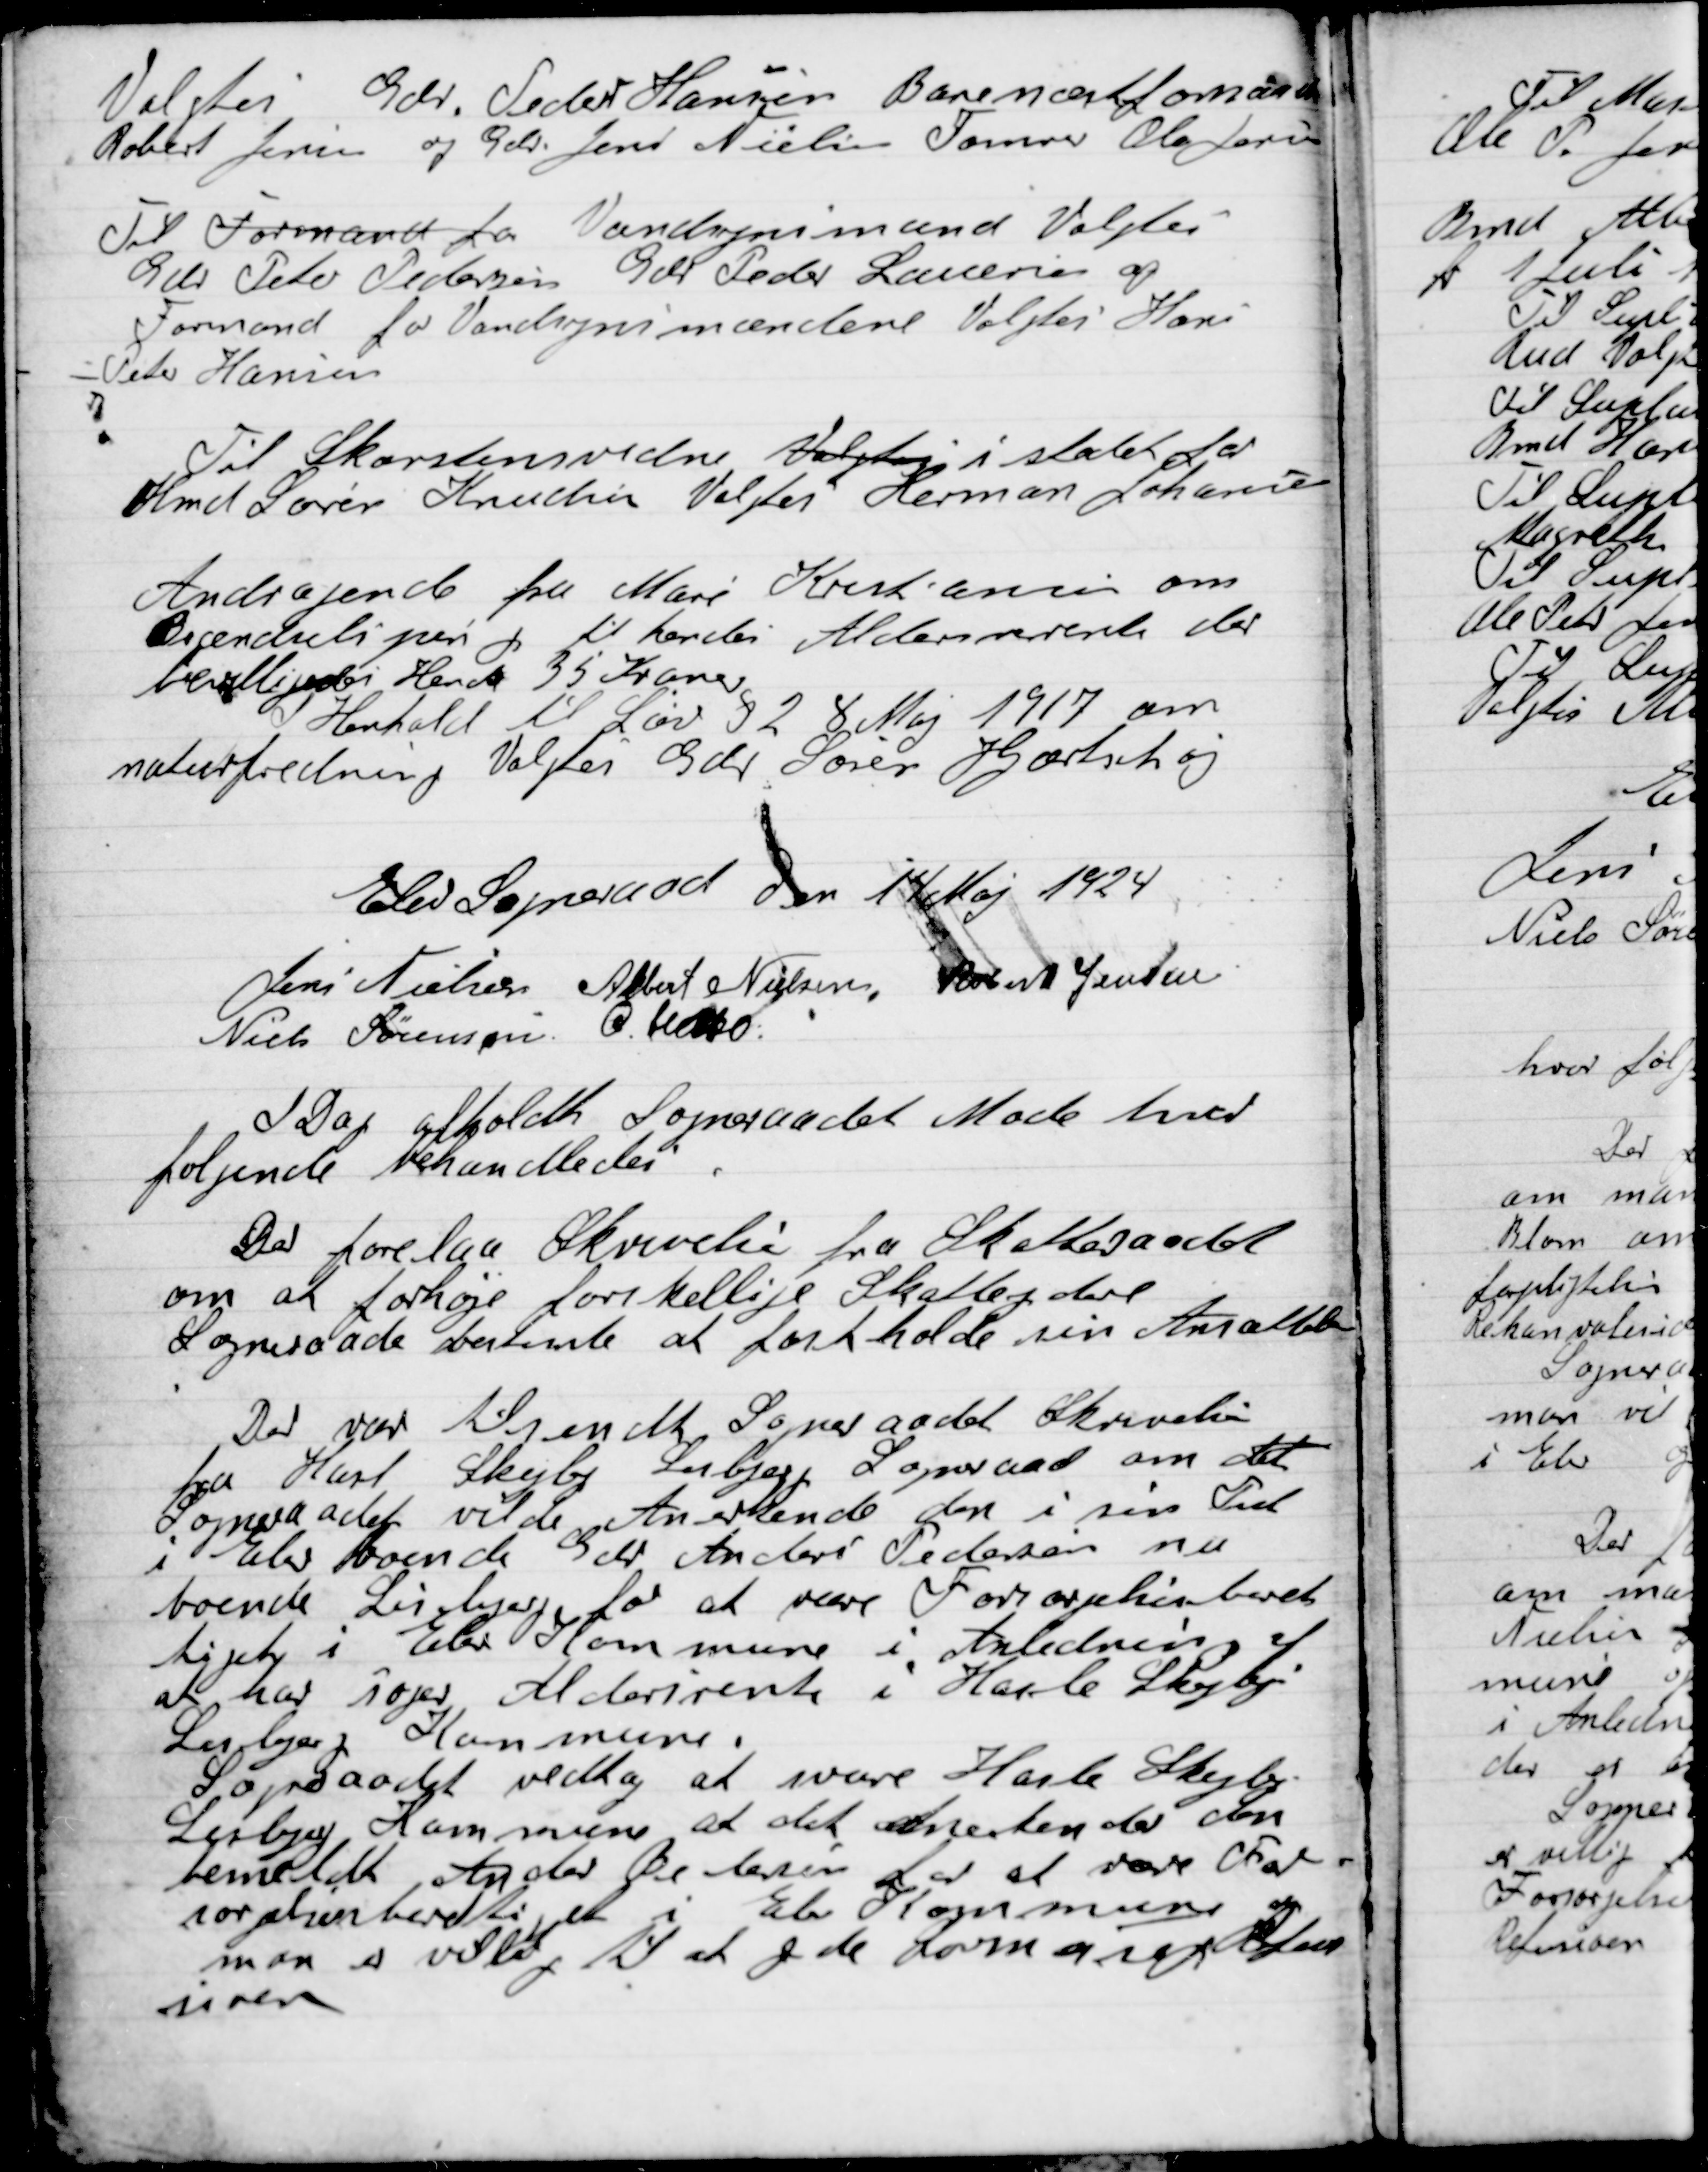
Transskription:
Valgtes Gdr. Peder Hansen Banenæstformand
Robert Jensen og Gdr. Jens Nielsen Tømmer Ole Jensen

Til Formand for Vandsynsmænd Valgtes
Gdr. Peter Petersen Gdr. Peder Laursen og
Formand for Vandsynsmændene Valgtes
Peter Hansen.

Til Skorstensvidne Valgtes i stedet for
Hmd. Søren Knudsen Valgtes Herman Johansen

Andragende fra Marie Krestiansen om
Brændselshjælp til hendes Alderdomsrente der
Bevilgedes Hende 35 Kroner.
I Henhold til Lov § 2  8 Maj 1917 om
naturfredning Valgtes Gdr. Søren Hjorthøj.

Elev Sogneraad Den 14 Maj 1924.

Jens Nielsen
Albert Nielsen
Robert Jensen
Niels Sørensen
Chr. Helbo

I Dag afholdt Sogneraads Møde hvor
følgende behandledes.

Der forelaa Skriveri fra Skatteraadet
om at forhøje forskellige Skatteydere
Sogneraadet mente at fastholde sin Ansættelse

Der var tilsendt Sogneraadet Skrivelse
fra Karl Skejby Lisbjerg Sogneraad om det
Sogneraadet vilde Anerkende den i sin tid
i Elev boende Gdr. Andreas Pedersen nu
boende Lisbjerg for at være Forsorgelsesberet-
tiget i Elev Kommune i Anledning af
at han søges Aldersrente i Hasle Skejby
Lisbjerg Kommune.
Sogneraadet vedtog at svare Hasle Skejby
Lisbjerg Kommune at det Anerkender som
bemeldt Anders Belarin for at være For-
sørgelsesberettiget i Elev Kommune og
man er villig til at yde Lovmæssig Refu-
sion.